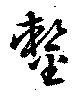
鏨